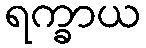
ရက္ခာယ